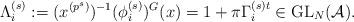
LaTeX: \begin{align*}\Lambda_i^{(s)}:=(x^{(p^s)})^{-1}(\phi_i^{(s)})^G (x)=1+\pi \Gamma_i^{(s)t}\in \textup{GL}_N(\mathcal A).\end{align*}